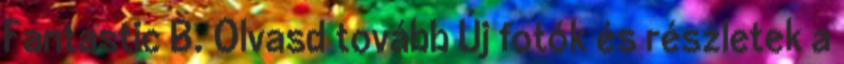
Fantastic B. Olvasd tovább Új fotók és részletek a